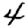
Digit: 4